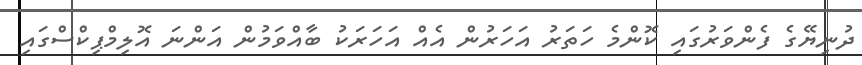
ދުނިޔޭގެ ފެންވަރުގައި ކޮންމެ ހަތަރު އަހަރުން އެއް އަހަރަކު ބާއްވަމުން އަންނަ އޮލިމްޕިކްސްގައި